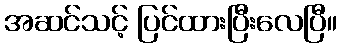
အဆင်သင့် ပြင်ထားပြီးလေပြီ။